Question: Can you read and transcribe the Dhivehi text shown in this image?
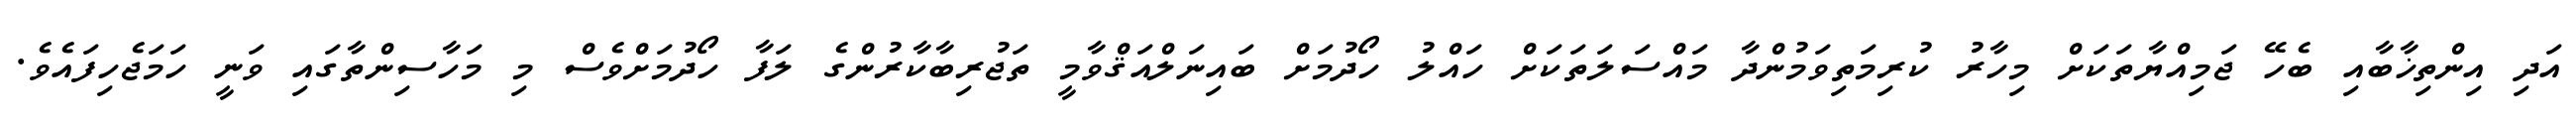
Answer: އަދި އިންތިޚާބާއި ބެހޭ ޖަމިއްޔާތަކަށް މިހާރު ކުރިމަތިވަމުންދާ މައްސަލަތަކަށް ހައްލު ހޯދުމަށް ބައިނަލްއަޤްވާމީ ތަޖުރިބާކާރުންގެ ލަފާ ހޯދުމަށްވެސް މި މަހާސިންތާގައި ވަނީ ހަމަޖެހިފައެވެ.